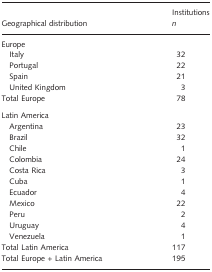
<table><thead><tr><td><b>Geographical distribution</b></td><td><b>Institutions <i>n</i></b></td></tr></thead><tbody><tr><td colspan="2">Europe</td></tr><tr><td> Italy</td><td>32</td></tr><tr><td> Portugal</td><td>22</td></tr><tr><td> Spain</td><td>21</td></tr><tr><td> United Kingdom</td><td>3</td></tr><tr><td>Total Europe</td><td>78</td></tr><tr><td colspan="2">Latin America</td></tr><tr><td> Argentina</td><td>23</td></tr><tr><td> Brazil</td><td>32</td></tr><tr><td> Chile</td><td>1</td></tr><tr><td> Colombia</td><td>24</td></tr><tr><td> Costa Rica</td><td>3</td></tr><tr><td> Cuba</td><td>1</td></tr><tr><td> Ecuador</td><td>4</td></tr><tr><td> Mexico</td><td>22</td></tr><tr><td> Peru</td><td>2</td></tr><tr><td> Uruguay</td><td>4</td></tr><tr><td> Venezuela</td><td>1</td></tr><tr><td>Total Latin America</td><td>117</td></tr><tr><td>Total Europe + Latin America</td><td>195</td></tr></tbody></table>